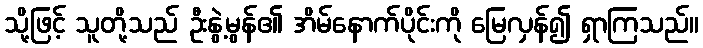
သို့ဖြင့် သူတို့သည် ဦးနွဲ့မွန်၏ အိမ်နောက်ပိုင်းကို မြေလှန်၍ ရှာကြသည်။